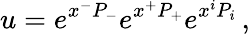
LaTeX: u=e^{x^{-}P_{-}}e^{x^{+}P_{+}}e^{x^{i}P_{i}}\, ,